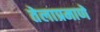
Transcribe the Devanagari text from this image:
तेलाप्रमाणे